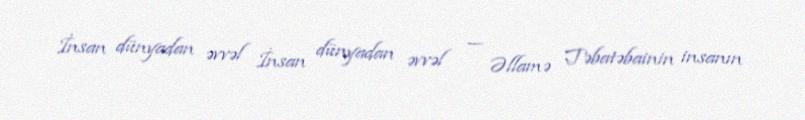
İnsan dünyadan əvvəl İnsan dünyadan əvvəl — Əllamə Təbatəbainin insanın